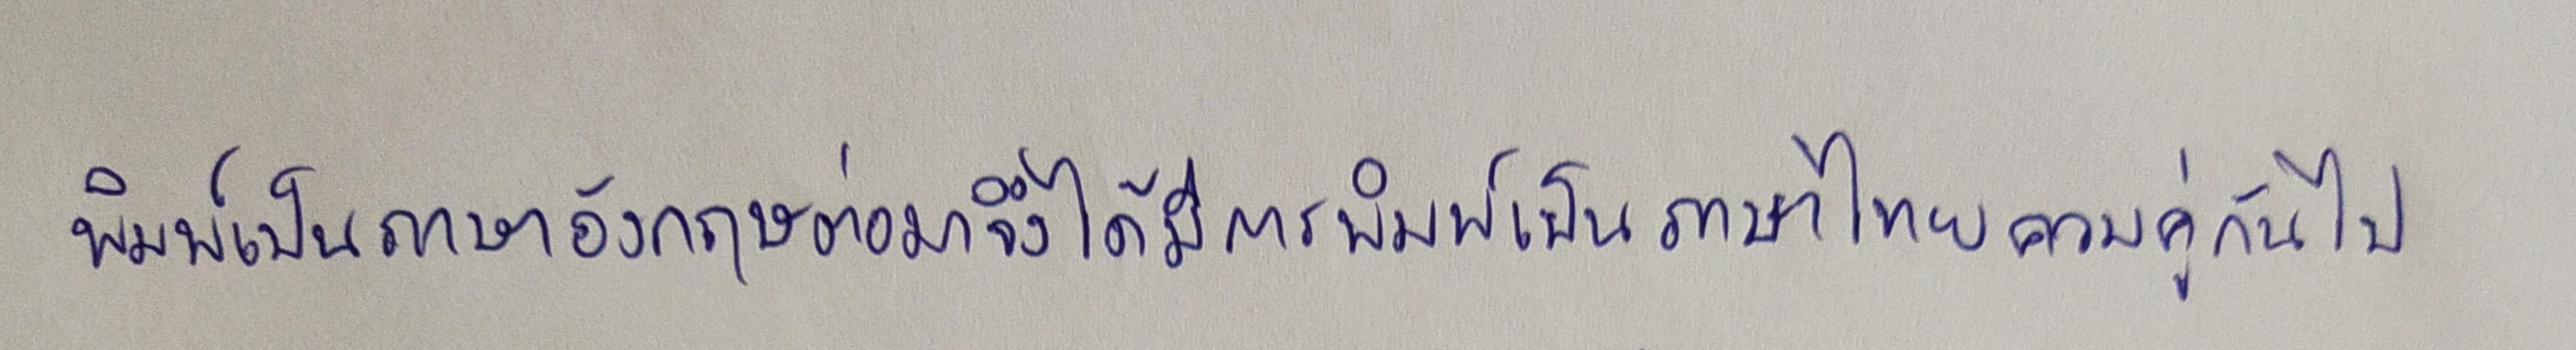
พิมพ์เป็นภาษาอังกฤษต่อมาจึงได้มีการพิมพ์เป็นภาษาไทยควบคู่กันไป